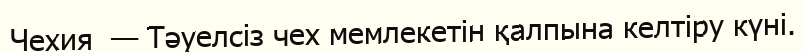
Чехия  — Тәуелсіз чех мемлекетін қалпына келтіру күні.